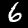
Label: 6